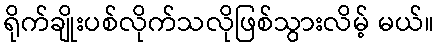
ရိုက်ချိုးပစ်လိုက်သလိုဖြစ်သွားလိမ့် မယ်။